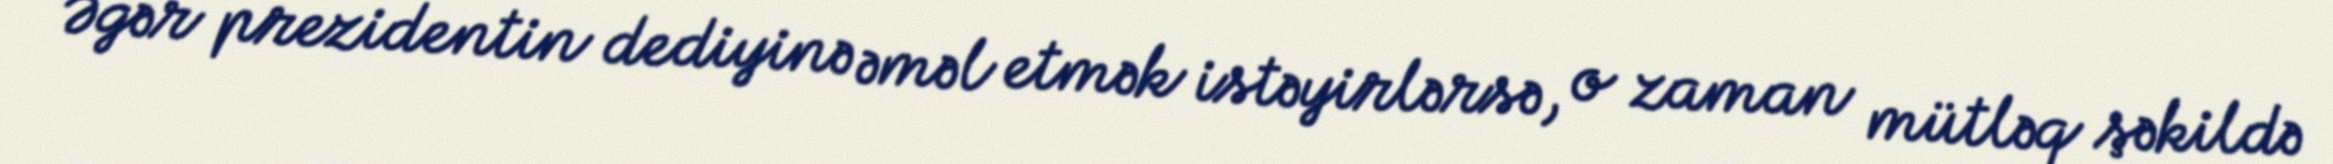
Əgər prezidentin dediyinə əməl etmək istəyirlərsə, o zaman mütləq şəkildə